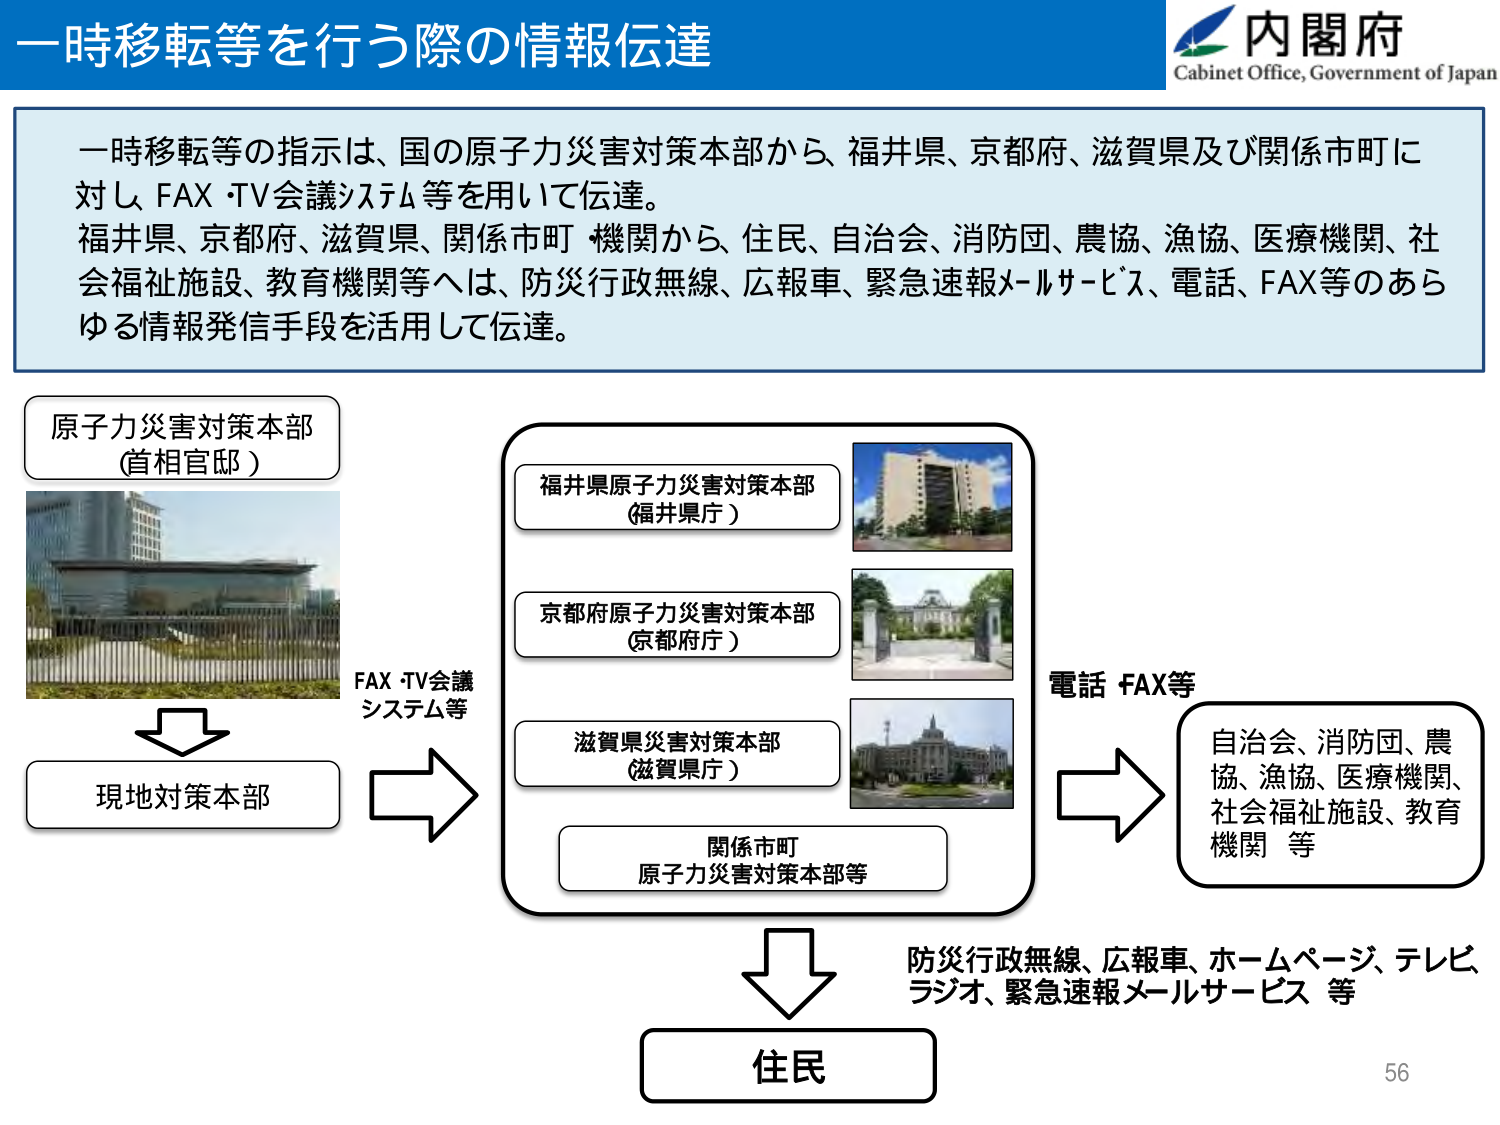
一時移転等を行う際の情報伝達

内閣府
Cabinet Office, Government of Japan

一時移転等の指示は、国の原子力災害対策本部から、福井県、京都府、滋賀県及び関係市町に対し、FAX・TV会議システム等を用いて伝達。
福井県、京都府、滋賀県、関係市町 機関から、住民、自治会、消防団、農協、漁協、医療機関、社会福祉施設、教育機関等へは、防災行政無線、広報車、緊急速報メールサービス、電話、FAX等のあらゆる情報発信手段を活用して伝達。

原子力災害対策本部
（首相官邸）

FAX・TV会議
システム等

現地対策本部

福井県原子力災害対策本部
（福井県庁）

京都府原子力災害対策本部
（京都府庁）

滋賀県災害対策本部
（滋賀県庁）

関係市町
原子力災害対策本部等

電話 FAX等

自治会、消防団、農協、漁協、医療機関、社会福祉施設、教育機関 等

防災行政無線、広報車、ホームページ、テレビ、ラジオ、緊急速報メールサービス 等

住民

56